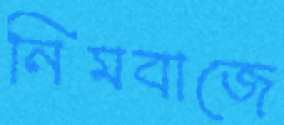
নিমবাজে